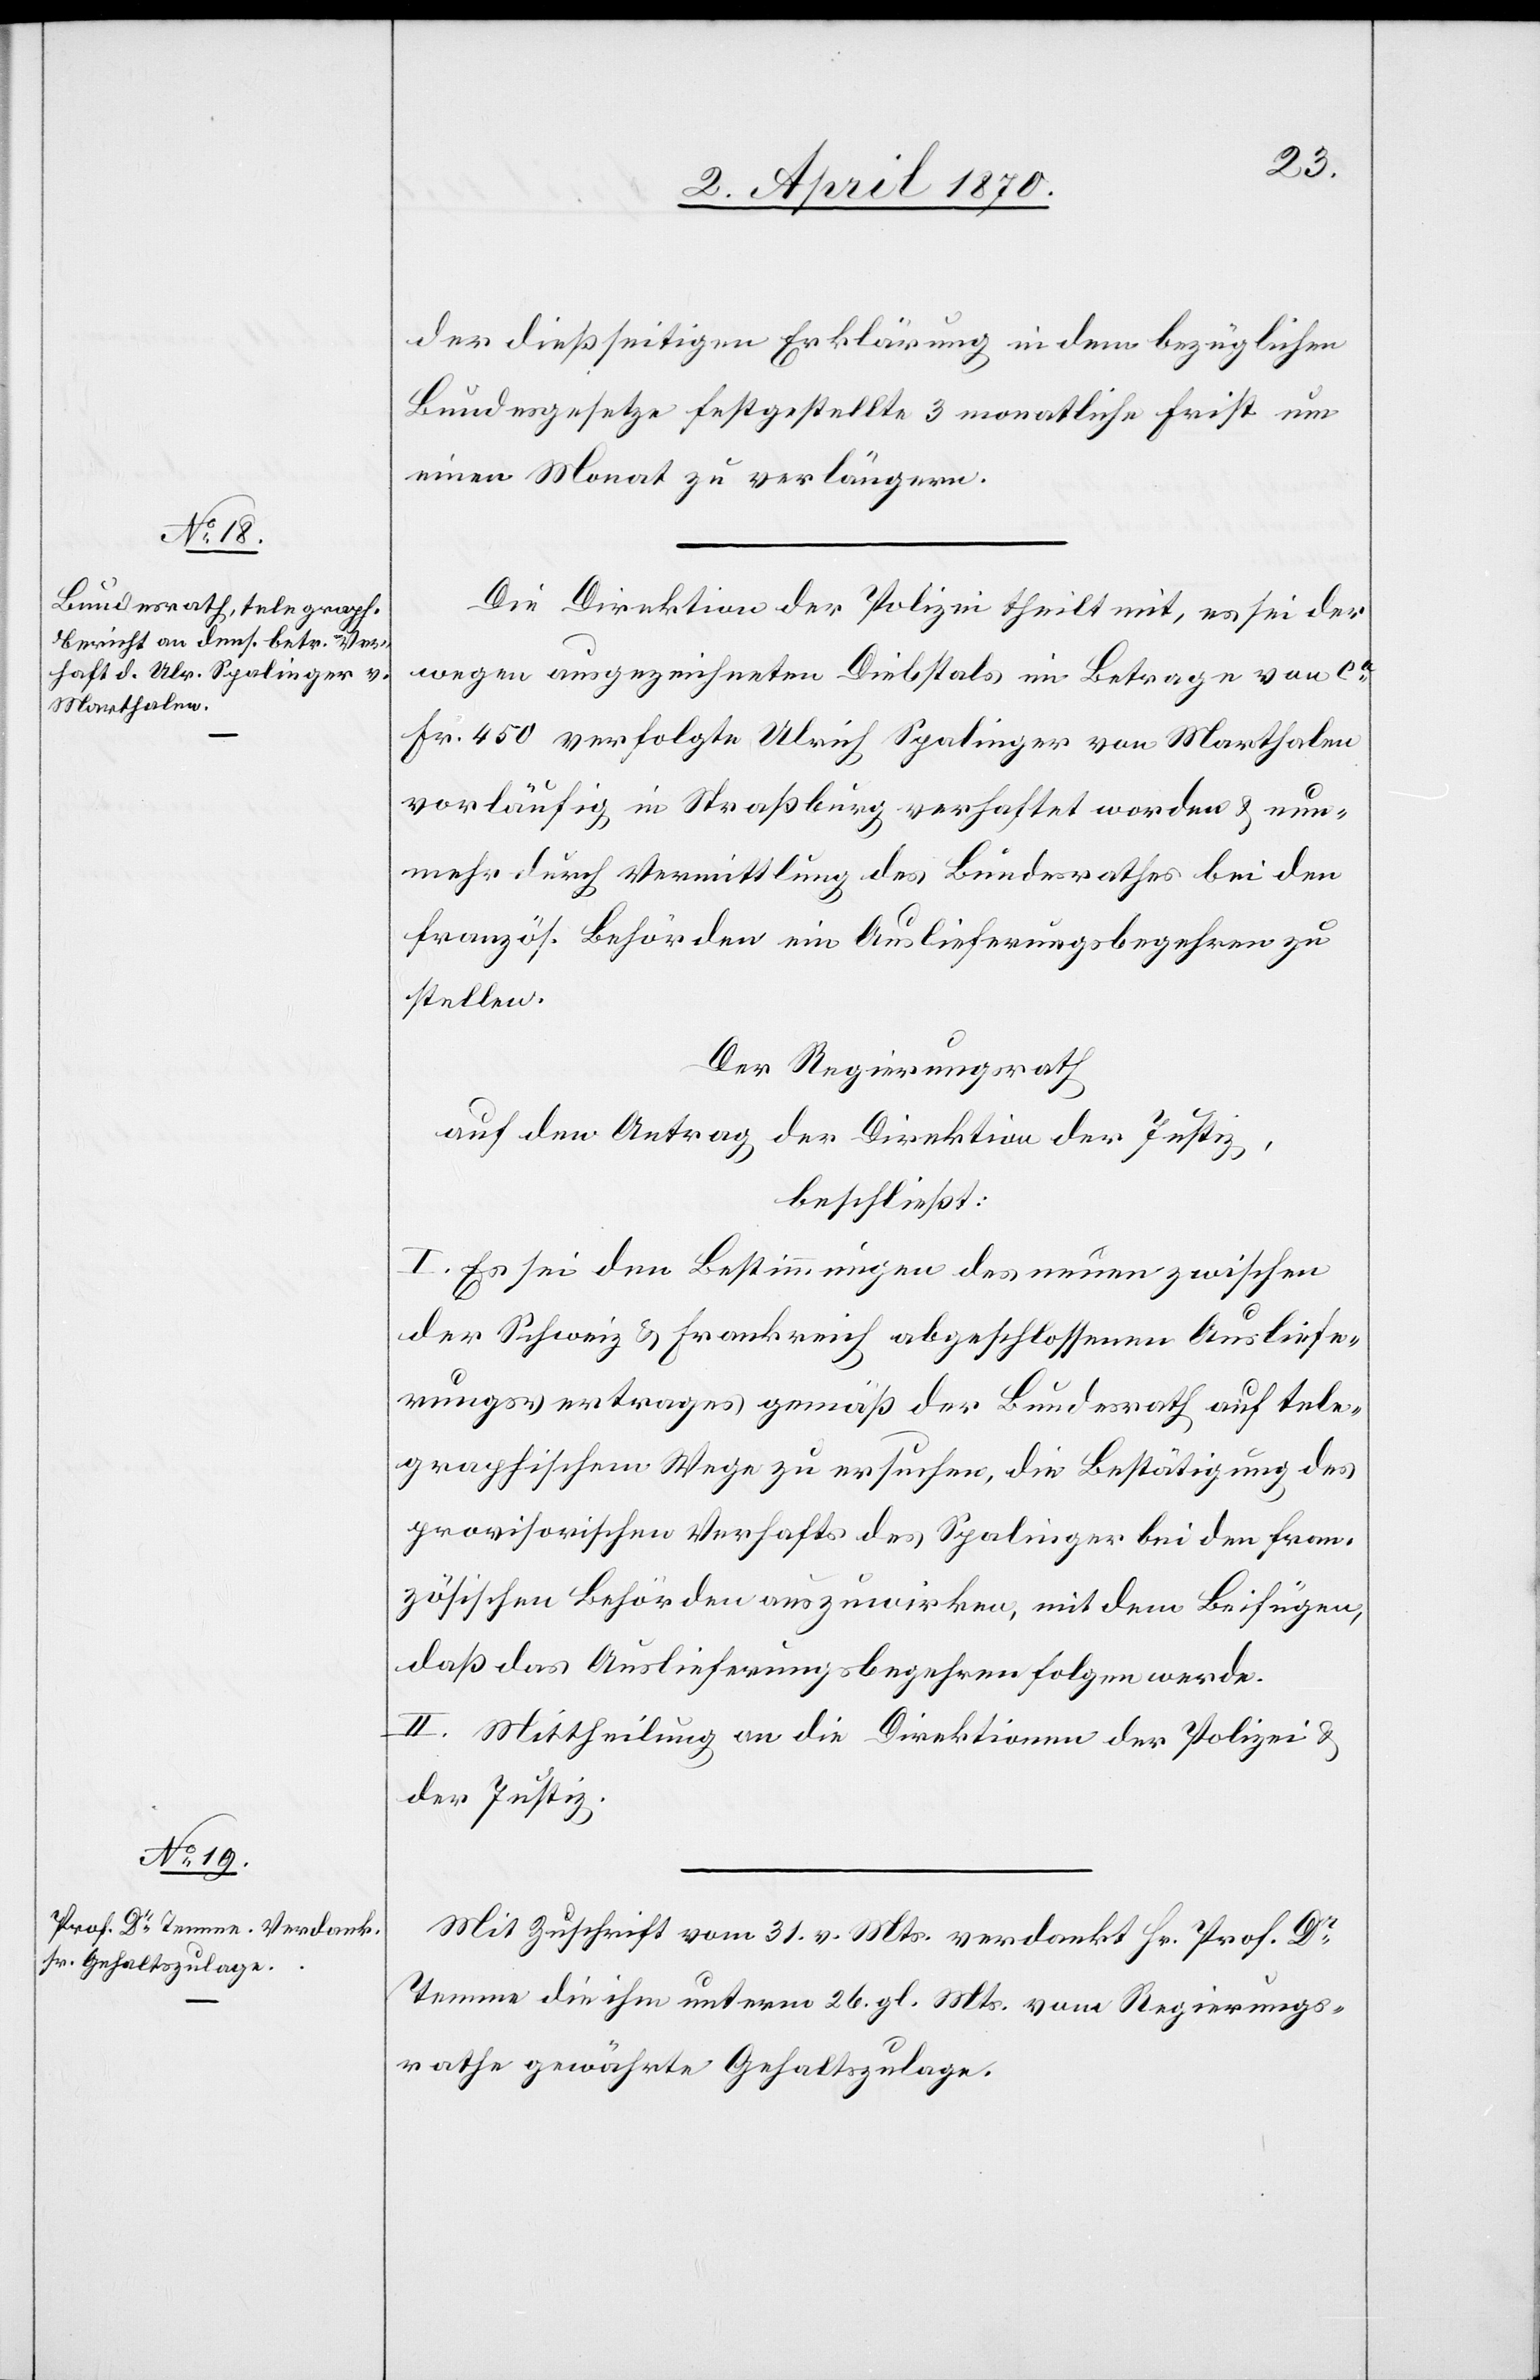
der dießseitigen Erklärung in dem bezüglichen
Bundesgesetze festgestellte 3 monatliche Frist um
einen Monat zu verlängern.
Die Direktion der Polizei theilt mit, es sei der
wegen ausgezeichneten Diebstals im Betrage von ca
Fr. 450 verfolgte Ulrich Spalinger von Marthalen
vorläufig in Straßburg verhaftet worden & nun¬
mehr durch Vermittlung des Bundesrathes bei den
französ. Behörden ein Auslieferungsbegehren zu
stellen.
Der Regierungsrath
auf den Antrag der Direktion der Justiz,
beschließt:
I. Es sei den Bestimmungen des neuen zwischen
der Schweiz & Frankreich abgeschlossenen Ausliefe¬
rungsvertrages gemäß der Bundesrath auf tele¬
graphischem Wege zu ersuchen, die Bestätigung des
provisorischen Verhafts des Spalinger bei den fran¬
zösischen Behörden auszuwirken, mit dem Beifügen,
daß das Auslieferungsbegehren folgen werde.
II. Mittheilung an die Direktionen der Polizei &
der Justiz.
Mit Zuschrift vom 31. vor. Mts. verdankt Hr. Prof. Dr
Temme die ihm unterm 26. gl. Mts. vom Regierungs¬
rathe gewährte Gehaltszulage.